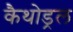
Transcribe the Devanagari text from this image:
कैथोड्रल